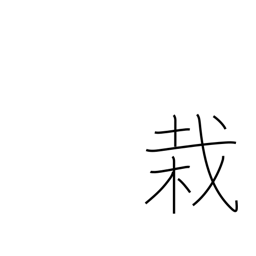
Meaning: planting